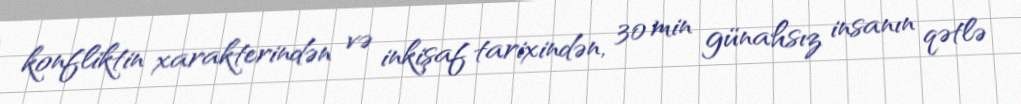
konfliktin xarakterindən və inkişaf tarixindən, 30 min günahsız insanın qətlə